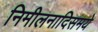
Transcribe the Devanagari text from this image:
निमीलनादिसमये